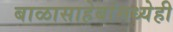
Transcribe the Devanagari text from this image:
बाळासाहेबांमध्येही